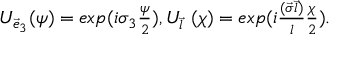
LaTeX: \begin{array} { c } { { U _ { { \vec { e } } _ { 3 } } ( \psi ) = e x p ( i { \sigma } _ { 3 } { \frac { \psi } { 2 } } ) , U _ { \vec { l } } ~ ( \chi ) = e x p ( i { \frac { ( { \vec { \sigma } } { \vec { l } } ) } { l } } { \frac { \chi } { 2 } } ) . } } \end{array}